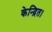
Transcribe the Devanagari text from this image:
केन्द्रित।